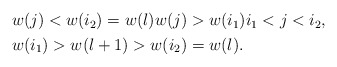
\begin{align*}\begin{aligned} &w(j)<w(i_2)=w(l)w(j)>w(i_1)i_1<j<i_2,\\ &w(i_1)>w(l+1)>w(i_2)=w(l).\end{aligned}\end{align*}